system: You are a helpful assistant.
user:
Analyze the provided spectrum to determine if it is a **"Cataclysmic Variables (CV)"**.

- **Key Indicators for CV (Check for either state):**
    - **State 1: Quiescent / Low-State (Emission-Dominated)**
        - **(Primary):** Strong and *very broad* Hydrogen Balmer emission lines (e.g., $H\alpha$ at 6563 Å, $H\beta$ at 4861 Å). The 'broadness' (high velocity dispersion, often FWHM > 1000 km/s) is the key diagnostic, indicating a high-velocity accretion disk.
        - **(Secondary):** Broad neutral Helium (He I) emission lines (e.g., 5876 Å, 6678 Å).
        - **(Key Confirmation):** Presence of high-excitation *ionized* Helium (He II) emission at 4686 Å. This is a strong indicator of accretion onto a white dwarf.
        - **(Line Profile):** Emission lines may exhibit a 'double-peaked' profile, which is a classic signature of a rotating accretion disk viewed at high inclination.

    - **State 2: Outburst / High-State (Absorption-Dominated)**
        - **(Primary):** Spectrum is dominated by a bright, blue continuum (looks like a hot star).
        - **(Secondary):** The emission lines from State 1 are weak, absent, or 'filled in', and are replaced by broad, shallow *absorption* lines (primarily Balmer and He I).
        - **(Morphology):** The overall spectrum mimics a hot B/A-type star. The crucial difference is that the absorption lines are significantly broader, shallower, and more 'washed-out' (or 'smeared') than the sharp lines of a normal stellar photosphere, due to high rotational speeds and pressure broadening in the disk.

Think first, call **spectral_visualization_tool** if needed to examine features in detail, then provide your final answer. Your response must adhere to the following strict rules:
1.  **Overall Structure:** Your response must follow the format `<think>...</think> <tool_call>...</tool_call> (if a tool is used) <answer>...</answer>`.
2.  **Tool Usage Constraint:** You may only make **one** tool call per turn.
3.  **Final Answer Format:** In the `<answer>` tag, your conclusion must be inside a `\boxed{}` command (e.g., `\boxed{YES}`), followed by your justification.

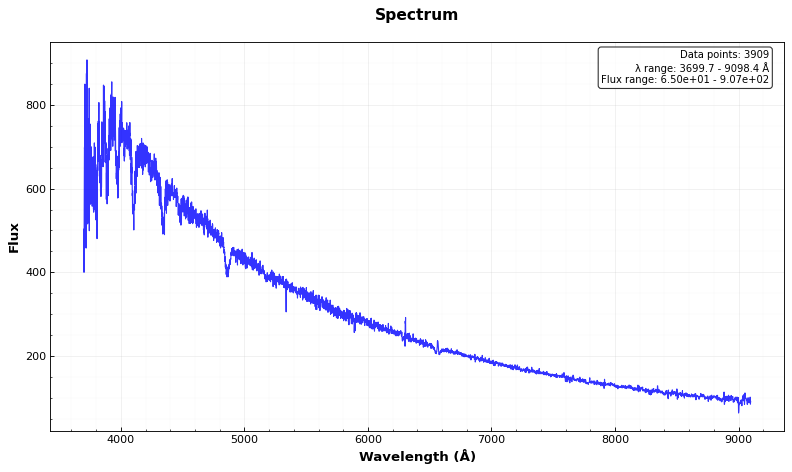
Answer: YES